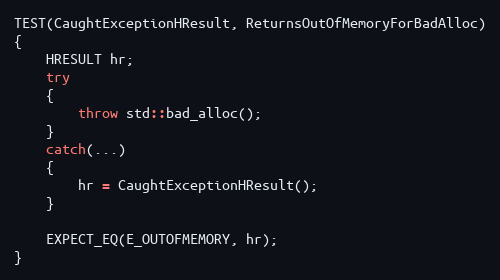
Language: C++
TEST(CaughtExceptionHResult, ReturnsOutOfMemoryForBadAlloc)
{
    HRESULT hr;
    try
    {
        throw std::bad_alloc();
    }
    catch(...)
    {
        hr = CaughtExceptionHResult();
    }

    EXPECT_EQ(E_OUTOFMEMORY, hr);
}